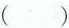
()